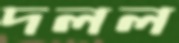
দলল